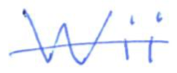
Text: Wii
Cross-out: single-line
Writing tool: ballpoint